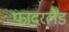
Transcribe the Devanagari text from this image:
फादरलैंड